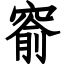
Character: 窬